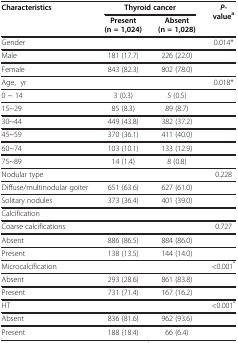
<table><thead><tr><td rowspan="2"><b>Characteristics</b></td><td colspan="2"><b>Thyroid cancer</b></td><td rowspan="2"><b><i>P</i>-value<sup>a</sup></b></td></tr><tr><td><b>Present (n = 1,024)</b></td><td><b>Absent (n = 1,028)</b></td></tr></thead><tbody><tr><td>Gender</td><td> </td><td> </td><td>0.014*</td></tr><tr><td>Male</td><td>181 (17.7)</td><td>226 (22.0)</td><td> </td></tr><tr><td>Female</td><td>843 (82.3)</td><td>802 (78.0)</td><td> </td></tr><tr><td>Age, yr</td><td> </td><td> </td><td>0.018*</td></tr><tr><td>0 ~ 14</td><td>3 (0.3)</td><td>5 (0.5)</td><td> </td></tr><tr><td>15~29</td><td>85 (8.3)</td><td>89 (8.7)</td><td> </td></tr><tr><td>30~44</td><td>449 (43.8)</td><td>382 (37.2)</td><td> </td></tr><tr><td>45~59</td><td>370 (36.1)</td><td>411 (40.0)</td><td> </td></tr><tr><td>60~74</td><td>103 (10.1)</td><td>133 (12.9)</td><td> </td></tr><tr><td>75~89</td><td>14 (1.4)</td><td>8 (0.8)</td><td> </td></tr><tr><td>Nodular type</td><td> </td><td> </td><td>0.228</td></tr><tr><td>Diffuse/multinodular goiter</td><td>651 (63.6)</td><td>627 (61.0)</td><td> </td></tr><tr><td>Solitary nodules</td><td>373 (36.4)</td><td>401 (39.0)</td><td> </td></tr><tr><td>Calcification</td><td> </td><td> </td><td> </td></tr><tr><td>Coarse calcifications</td><td> </td><td> </td><td>0.727</td></tr><tr><td>Absent</td><td>886 (86.5)</td><td>884 (86.0)</td><td> </td></tr><tr><td>Present</td><td>138 (13.5)</td><td>144 (14.0)</td><td> </td></tr><tr><td>Microcalcification</td><td> </td><td> </td><td>&lt;0.001<sup>*</sup></td></tr><tr><td>Absent</td><td>293 (28.6)</td><td>861 (83.8)</td><td> </td></tr><tr><td>Present</td><td>731 (71.4)</td><td>167 (16.2)</td><td> </td></tr><tr><td>HT</td><td> </td><td> </td><td>&lt;0.001<sup>*</sup></td></tr><tr><td>Absent</td><td>836 (81.6)</td><td>962 (93.6)</td><td> </td></tr><tr><td>Present</td><td>188 (18.4)</td><td>66 (6.4)</td><td> </td></tr></tbody></table>